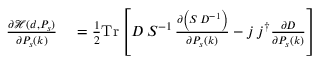
\begin{array} { r l } { { \frac { \partial { \mathcal { H } } ( d , P _ { s } ) } { \partial P _ { s } ( k ) } } } & { { } = { \frac { 1 } { 2 } } \mathrm { T r } \left[ D \, S ^ { - 1 } \, { \frac { \partial \left( S \, D ^ { - 1 } \right) } { \partial P _ { s } ( k ) } } - j \, j ^ { \dagger } { \frac { \partial D } { \partial P _ { s } ( k ) } } \right] } \end{array}